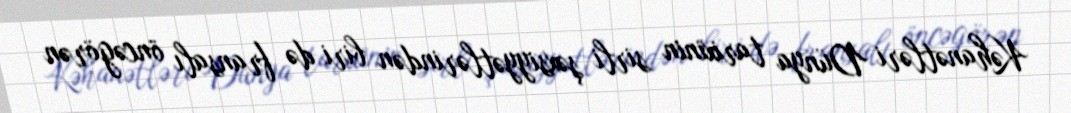
Kəhanətləri Dünya tarixinin sirli şəxsiyyətlərindən biri də fransalı öncəgörən